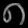
Digit: ၈